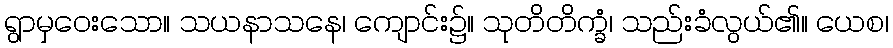
ရွာမှဝေးသော။ သယနာသနေ၊ ကျောင်း၌။ သုတိတိက္ခံ၊ သည်းခံလွယ်၏။ ယေစ၊